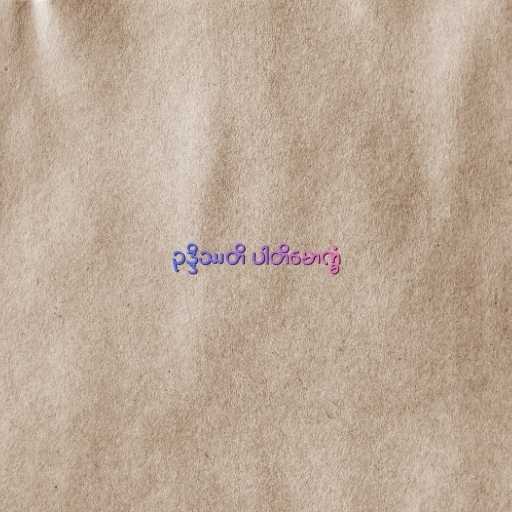
ဥဒ္ဒိဿတိ ပါတိမောက္ခံ